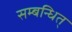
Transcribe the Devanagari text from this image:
सम्बन्धित्